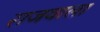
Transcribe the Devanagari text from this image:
राजवाला